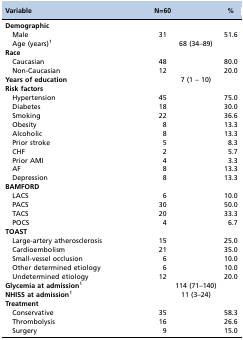
<table><thead><tr><td><b>Variable</b></td><td><b>N=60</b></td><td><b>%</b></td></tr></thead><tbody><tr><td><b>Demographic</b></td><td></td><td></td></tr><tr><td> Male</td><td>31</td><td>51.6</td></tr><tr><td> Age (years)1</td><td colspan="2">68 (34–89)</td></tr><tr><td><b>Race</b></td><td></td><td></td></tr><tr><td> Caucasian</td><td>48</td><td>80.0</td></tr><tr><td> Non-Caucasian</td><td>12</td><td>20.0</td></tr><tr><td><b>Years of education</b></td><td colspan="2">7 (1 – 10)</td></tr><tr><td><b>Risk factors</b></td><td></td><td></td></tr><tr><td> Hypertension</td><td>45</td><td>75.0</td></tr><tr><td> Diabetes</td><td>18</td><td>30.0</td></tr><tr><td> Smoking</td><td>22</td><td>36.6</td></tr><tr><td> Obesity</td><td>8</td><td>13.3</td></tr><tr><td> Alcoholic</td><td>8</td><td>13.3</td></tr><tr><td> Prior stroke</td><td>5</td><td>8.3</td></tr><tr><td> CHF</td><td>2</td><td>5.7</td></tr><tr><td> Prior AMI</td><td>4</td><td>3.3</td></tr><tr><td> AF</td><td>8</td><td>13.3</td></tr><tr><td> Depression</td><td>8</td><td>13.3</td></tr><tr><td><b>BAMFORD</b></td><td></td><td></td></tr><tr><td> LACS</td><td>6</td><td>10.0</td></tr><tr><td> PACS</td><td>30</td><td>50.0</td></tr><tr><td> TACS</td><td>20</td><td>33.3</td></tr><tr><td> POCS</td><td>4</td><td>6.7</td></tr><tr><td><b>TOAST</b></td><td></td><td></td></tr><tr><td> Large-artery atherosclerosis</td><td>15</td><td>25.0</td></tr><tr><td> Cardioembolism</td><td>21</td><td>35.0</td></tr><tr><td> Small-vessel occlusion</td><td>6</td><td>10.0</td></tr><tr><td> Other determined etiology</td><td>6</td><td>10.0</td></tr><tr><td> Undetermined etiology</td><td>12</td><td>20.0</td></tr><tr><td><b>Glycemia at admission</b>1</td><td colspan="2">114 (71–140)</td></tr><tr><td><b>NHISS at admission</b>1</td><td colspan="2">11 (3–24)</td></tr><tr><td><b>Treatment</b></td><td colspan="2"></td></tr><tr><td> Conservative</td><td>35</td><td>58.3</td></tr><tr><td> Thrombolysis</td><td>16</td><td>26.6</td></tr><tr><td> Surgery</td><td>9</td><td>15.0</td></tr></tbody></table>